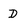
Character: D